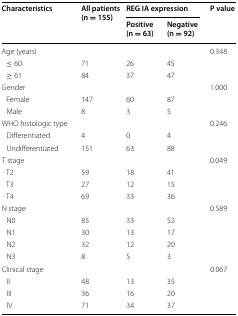
<table><thead><tr><td rowspan="2"><b>Characteristics</b></td><td rowspan="2"><b>All patients (n = 155)</b></td><td colspan="2"><b>REG IA expression</b></td><td rowspan="2"><b>P value</b></td></tr><tr><td><b>Positive (n = 63)</b></td><td><b>Negative (n = 92)</b></td></tr></thead><tbody><tr><td colspan="4">Age (years)</td><td>0.348</td></tr><tr><td> ≤ 60</td><td>71</td><td>26</td><td>45</td><td></td></tr><tr><td> ≥ 61</td><td>84</td><td>37</td><td>47</td><td></td></tr><tr><td colspan="4">Gender</td><td>1.000</td></tr><tr><td> Female</td><td>147</td><td>60</td><td>87</td><td></td></tr><tr><td> Male</td><td>8</td><td>3</td><td>5</td><td></td></tr><tr><td colspan="4">WHO histologic type</td><td>0.246</td></tr><tr><td> Differentiated</td><td>4</td><td>0</td><td>4</td><td></td></tr><tr><td> Undifferentiated</td><td>151</td><td>63</td><td>88</td><td></td></tr><tr><td colspan="4">T stage</td><td>0.049</td></tr><tr><td> T2</td><td>59</td><td>18</td><td>41</td><td></td></tr><tr><td> T3</td><td>27</td><td>12</td><td>15</td><td></td></tr><tr><td> T4</td><td>69</td><td>33</td><td>36</td><td></td></tr><tr><td colspan="4">N stage</td><td>0.589</td></tr><tr><td> N0</td><td>85</td><td>33</td><td>52</td><td></td></tr><tr><td> N1</td><td>30</td><td>13</td><td>17</td><td></td></tr><tr><td> N2</td><td>32</td><td>12</td><td>20</td><td></td></tr><tr><td> N3</td><td>8</td><td>5</td><td>3</td><td></td></tr><tr><td colspan="4">Clinical stage</td><td>0.067</td></tr><tr><td> II</td><td>48</td><td>13</td><td>35</td><td></td></tr><tr><td> III</td><td>36</td><td>16</td><td>20</td><td></td></tr><tr><td> IV</td><td>71</td><td>34</td><td>37</td><td></td></tr></tbody></table>